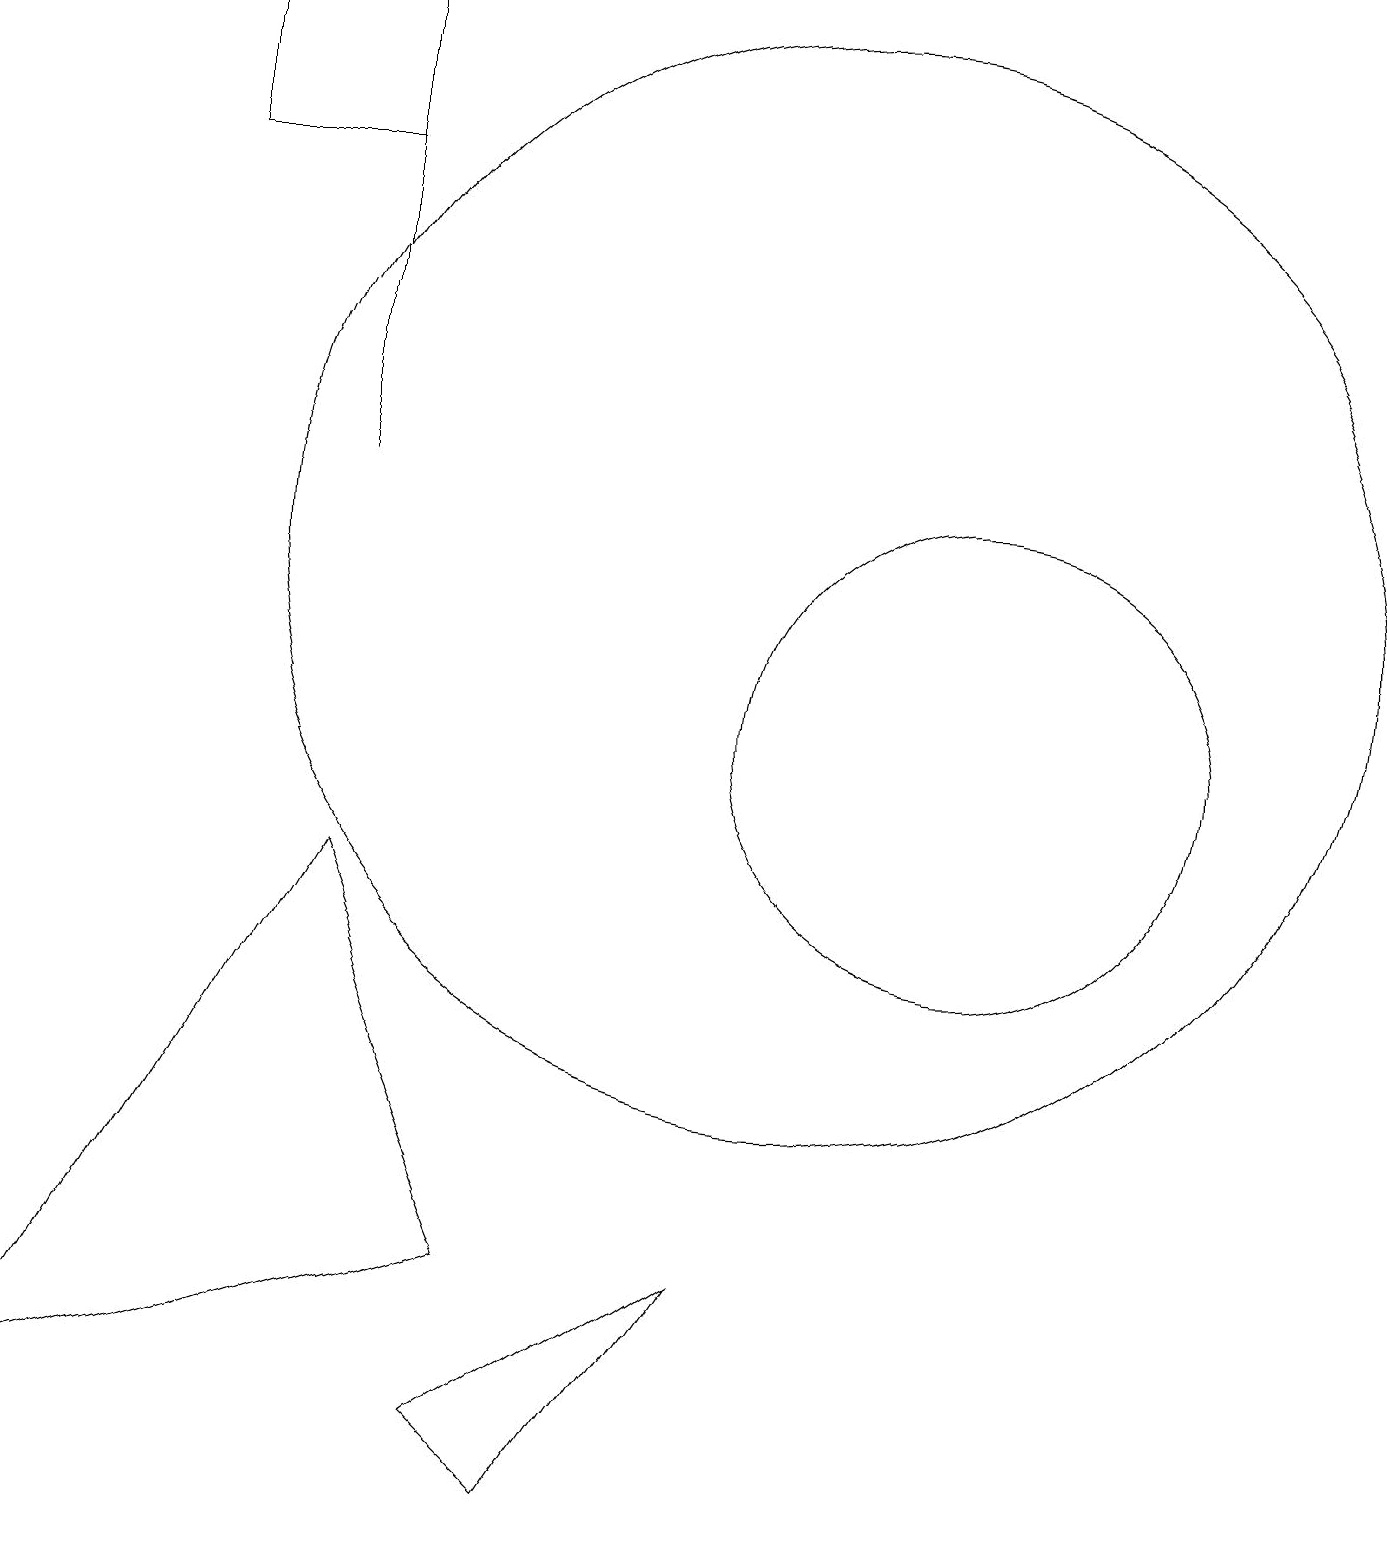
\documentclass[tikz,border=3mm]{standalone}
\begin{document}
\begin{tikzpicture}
\draw (12,10) circle (3);
\draw (4,19) rectangle (2,17);
\draw (10,12) circle (7);
\draw (7,0) -- (9,3) -- (6,1) -- cycle;
\draw (4,13) rectangle (4,17);
\draw (6,3) -- (0,1) -- (4,8) -- cycle;
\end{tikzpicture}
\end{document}